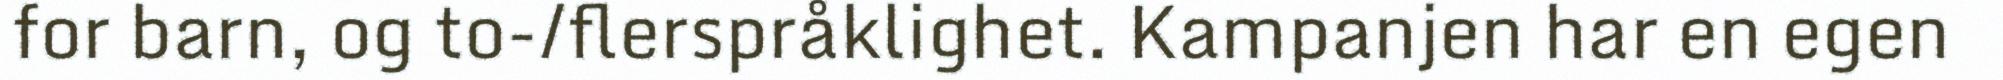
for barn, og to-/flerspråklighet. Kampanjen har en egen